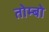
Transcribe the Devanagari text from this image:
तोम्बो